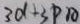
3 d + 3 P A